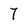
Character: 7